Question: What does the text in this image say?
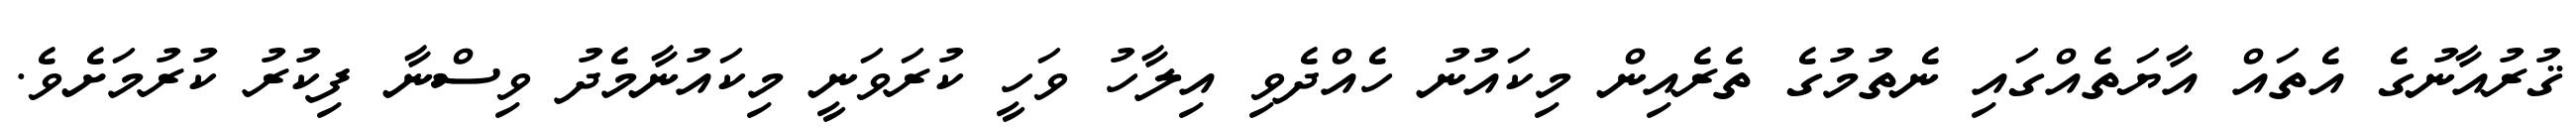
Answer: ޤުރުއާނުގެ އެތައް އާޔަތެއްގައި ނެތުމުގެ ތެރެއިން މިކައުނު ހެއްދެވި އިލާހު ވަހީ ކުރަވަނީ މިކައުނާމެދު ވިސްނާ ފިކުރު ކުރުމަށެވެ.